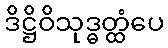
ဒိဋ္ဌိဝိသုဒ္ဓတ္ထံပေ